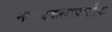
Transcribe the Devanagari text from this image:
नाट्यकलाप्रवर्तक